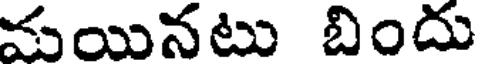
మయినటు బిందు